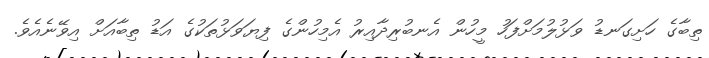
ތިބާގެ ހަށިގަނޑު ވަޅުލުމަށްފަހު މީހުން އެނބުރިދާއިރު އެމިހުންގެ ފިޔަވަޅުތަކުގެ އަޑު ތިބާއަށް އިވޭނެއެވެ.